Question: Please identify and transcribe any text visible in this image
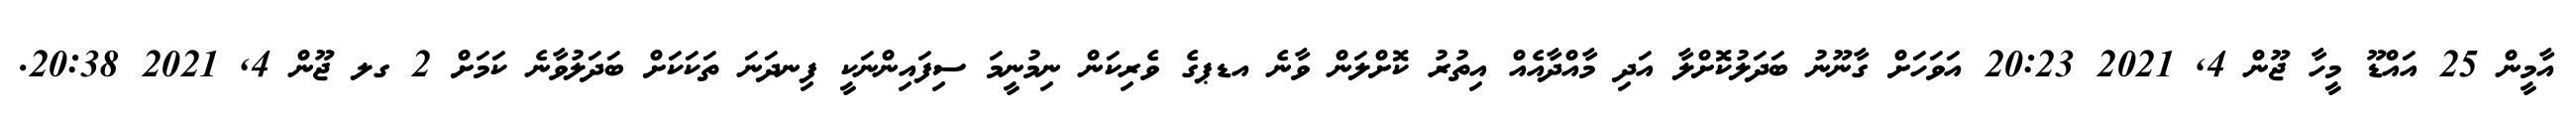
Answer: އާމީން 25 އައްޑޫ މީހާ ޖޫން 4, 2021 20:23 އަވަހަށް ގާނޫނު ބަދަލުކޮށްލާ އަދި މާއްދާއެއް އިތުރު ކޮށްލަން ވާނެ އޑޕގެ ވެރިކަން ނިމުނީމަ ސިފައިންނަކީ ފިނދަނަ ތަކަކަށް ބަދަލުވާނެ ކަމަށް 2 ގލ ޖޫން 4, 2021 20:38.